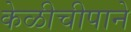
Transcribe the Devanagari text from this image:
केळीचीपाने